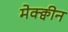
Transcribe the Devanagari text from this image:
मेक्क्वीन